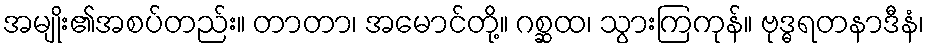
အမျိုး၏အစပ်တည်း။ တာတာ၊ အမောင်တို့။ ဂစ္ဆထ၊ သွားကြကုန်။ ဗုဒ္ဓရတနာဒီနံ၊